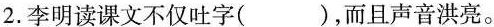
2.李明读课文不仅吐字( )，而且声音洪亮。